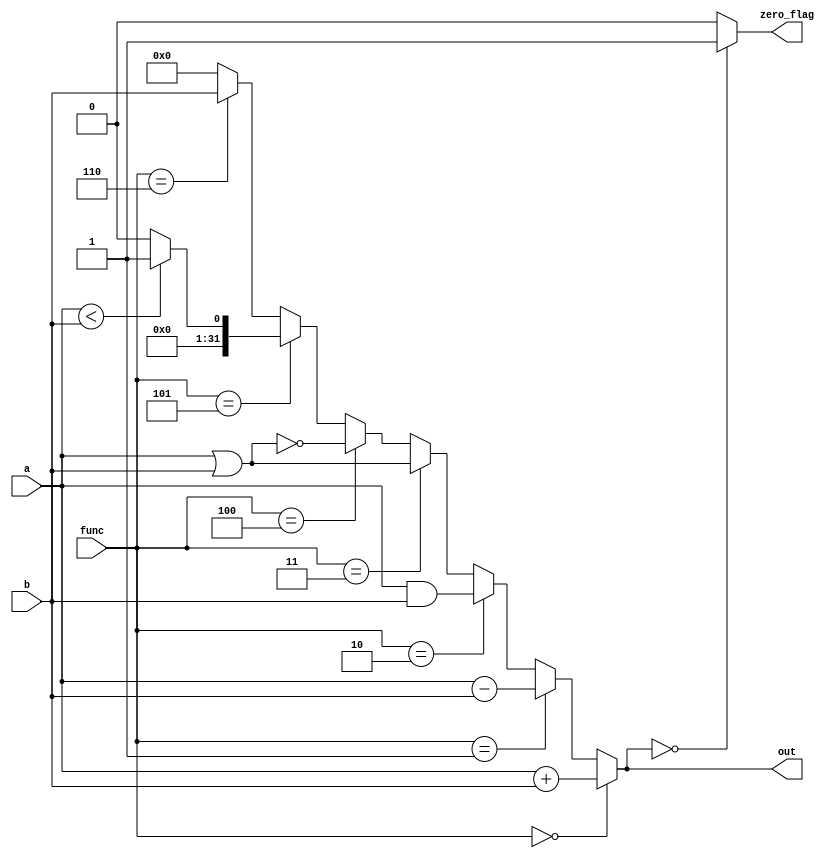
`timescale 1ns / 1ns


module ALU(
    a,
    b,
	func,
    out,
    zero_flag
);
    
	parameter size = 32;
	 
    input [size-1:0] a;
    input [size-1:0] b;
	input [2:0] func;
    output reg [size-1:0] out;
    output reg zero_flag;
		 	
	always @ (*) begin
	   case (out) 
	       0: zero_flag = 1'b1;
	       default: zero_flag = 1'b0;
	   endcase
	end
	
	always @(*) begin
		if (func == 3'd0) 
		  out = a + b;    // ADD, LW, SW, LUI
		else if (func == 3'd1)
		  out = a - b;    // SUB, BEQ, BNE
		else if (func == 3'd2)
		  out = a & b;    // AND
		else if (func == 3'd3)
		  out = a | b;    // OR
		else if (func == 3'd4)
		  out = ~ (a | b);    // NOR
		else if (func == 3'd5)
		  out = (a < b) ? 1 : 0;  // SLT
		else if (func == 3'd6)  
		  out = b;    // LUI
		else
		  out = 0;
   end



endmodule